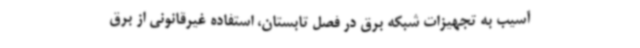
آسیب به تجهیزات شبکه برق در فصل تابستان، استفاده غیرقانونی از برق